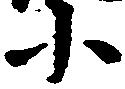
小